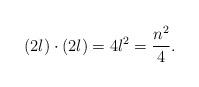
LaTeX: \begin{align*} (2l) \cdot (2l) = 4l^2 = \frac{n^2}{4}.\end{align*}